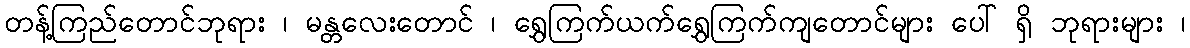
တန့်ကြည်တောင်ဘုရား ၊ မန္တလေးတောင် ၊ ရွှေကြက်ယက်ရွှေကြက်ကျတောင်များ ပေါ် ရှိ ဘုရားများ ၊